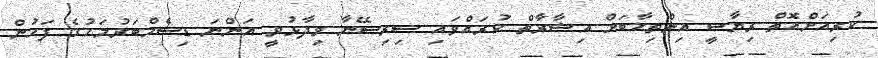
ކުރިއަށްއޮތް ރިޔާސީ އިންތިޚާބަށް އިޝާރާތް ކުރައްވައި ސިރިސޭނާ ވިދާޅުވީ އަންނަ ޑިސެމްބަރުމަހުގެ ފަހުން